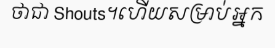
ថាជា Shouts។ហើយសម្រាប់អ្នក